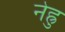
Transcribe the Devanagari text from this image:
नेह्रु